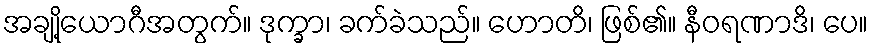
အချို့ယောဂီအတွက်။ ဒုက္ခာ၊ ခက်ခဲသည်။ ဟောတိ၊ ဖြစ်၏။ နီဝရဏာဒိ၊ ပေ။